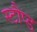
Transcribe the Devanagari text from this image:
स्टौप्ड